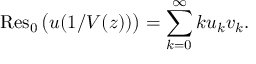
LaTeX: \operatorname { R e s } _ { 0 } { \big ( } u ( 1 / V ( z ) ) { \big ) } = \sum _ { k = 0 } ^ { \infty } k u _ { k } v _ { k } .